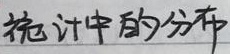
统计中的分布